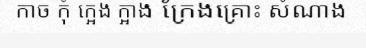
កាច កុំ ក្អេង ក្អាង ក្រែងគ្រោះ សំណាង